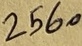
Text: 2560